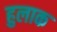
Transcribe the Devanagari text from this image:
हुलाक